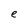
Character: e